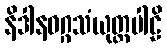
နိဒါနဝဂ္ဂသံယုတ္တပါဠိ